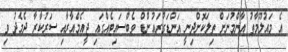
އެ މައުލޫމާތު އާންމުނަށް ތިލަކޮށްދިނީ އަންޑަގުރައުންޑް ވެބްސައިޓެއްގައި ޖީއެމްއާރާއި ސަރުކާރާ ދެމެދު ވި